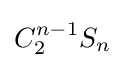
C_{2}^{n-1}S_{n}